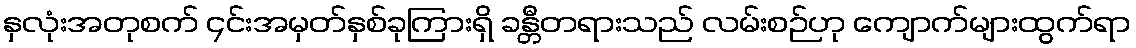
နှလုံးအတုစက် ၄င်းအမှတ်နှစ်ခုကြားရှိ ခန္တီတရားသည် လမ်းစဉ်ဟု ကျောက်များထွက်ရာ